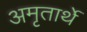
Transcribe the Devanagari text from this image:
अमृतार्थे